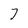
Character: 7